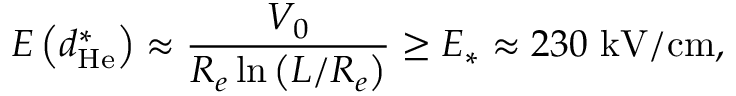
E \left( d _ { \mathrm { H e } } ^ { \ast } \right) \approx \frac { V _ { 0 } } { R _ { e } \ln \left( L / R _ { e } \right) } \geq E _ { \ast } \approx 2 3 0 ~ \mathrm { k V / c m } ,